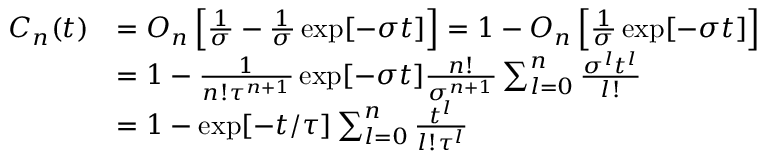
\begin{array} { r l } { C _ { n } ( t ) } & { = O _ { n } \left[ \frac { 1 } { \sigma } - \frac { 1 } { \sigma } \exp [ - \sigma t ] \right] = 1 - O _ { n } \left[ \frac { 1 } { \sigma } \exp [ - \sigma t ] \right] } \\ & { = 1 - \frac { 1 } { n ! \tau ^ { n + 1 } } \exp [ - \sigma t ] \frac { n ! } { \sigma ^ { n + 1 } } \sum _ { l = 0 } ^ { n } \frac { \sigma ^ { l } t ^ { l } } { l ! } } \\ & { = 1 - \exp [ - t / \tau ] \sum _ { l = 0 } ^ { n } \frac { t ^ { l } } { l ! \tau ^ { l } } } \end{array}